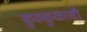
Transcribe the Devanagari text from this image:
कुरुकुळाशी